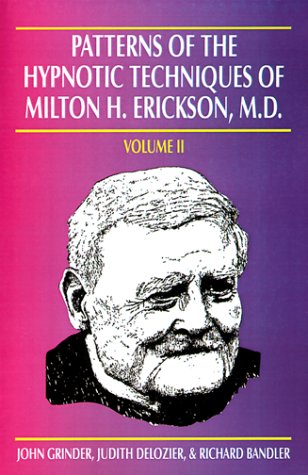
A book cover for Patterns of the Hypnotic Techniques of Milton H. Erickson, M.D., Vol. 2; John Grinder; Self-Help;